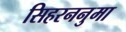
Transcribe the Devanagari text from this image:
सिहरननुमा